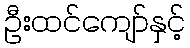
ဦးထင်ကျော်နှင့်